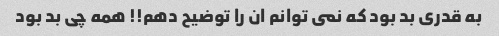
به قدرى بد بود که نمى توانم ان را توضیح دهم!! همه چى بد بود